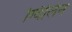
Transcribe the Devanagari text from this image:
ग्विलिन